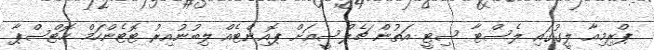
ޕްރިމިއާ ލީގުގައި ލެސްޓާ ސިޓީ އަތުން ޗެލްސީއަށް ޕޮއިންޓެއް ލިބުނުއިރު ޓޮޓެންހަމް ހޮޓްސްޕާ